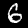
Digit: 6